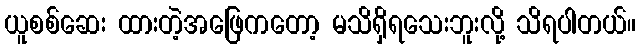
ယူစစ်ဆေး ထားတဲ့အဖြေကတော့ မသိရှိရသေးဘူးလို့ သိရပါတယ်။